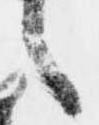
之